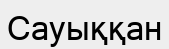
Сауыққан